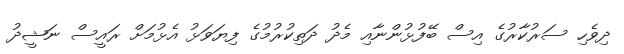
ދިވެހި ސަރުކާރުގެ އިސް ބޭފުޅުންނާއި މެދު ދަތިކުރުމުގެ ފިޔަވަޅު އެޅުމަށް ރައީސް ނަޝީދު